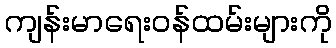
ကျန်းမာရေးဝန်ထမ်းများကို